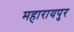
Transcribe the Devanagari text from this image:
महारायपुर